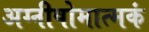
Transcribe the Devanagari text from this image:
अग्नीषोमात्मकं